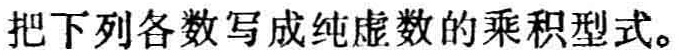
把下列各数写成纯虚数的乘积型式。